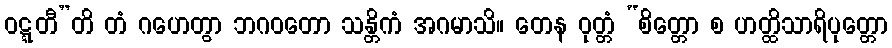
ဝဋ္ဋတီ”တိ တံ ဂဟေတွာ ဘဂဝတော သန္တိကံ အဂမာသိ။ တေန ဝုတ္တံ “စိတ္တော စ ဟတ္ထိသာရိပုတ္တော